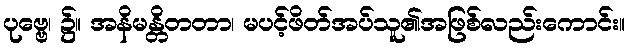
ပုဗ္ဗေ၊ ၌။ အနိမန္တိတတာ၊ မပင့်ဖိတ်အပ်သူ၏အဖြစ်လည်းကောင်း။